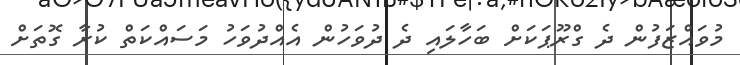
މުވައްޒަފުން ދެ ގްރޫޕަކަށް ބަހާލައި ދެ ދުވަހުން އެއްދުވަހު މަސައްކަތް ކުރާ ގޮތަށް